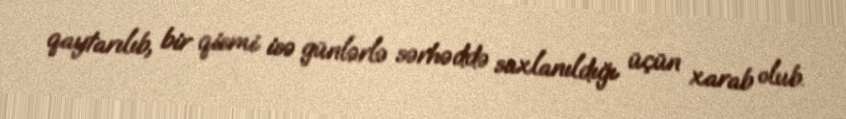
qaytarılıb, bir qismi isə günlərlə sərhəddə saxlanıldığı üçün xarab olub.